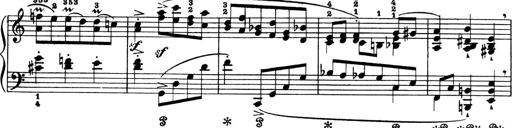
Title: 4 Sonatines
Composer: Max Reger